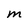
Character: M